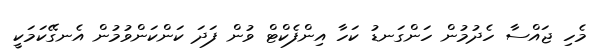
މެހި ޖައްސާ ހެދުމުން ހަންގަނޑު ކަހާ އިންފެކްޓް ވުން ފަދަ ކަންކަންވުމުން އެނގޭކަމަކީ